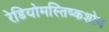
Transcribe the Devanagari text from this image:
रेडियोमस्तिष्कशोथ